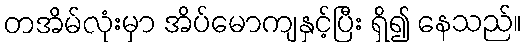
တအိမ်လုံးမှာ အိပ်မောကျနှင့်ပြီး ရှိ၍ နေသည်။